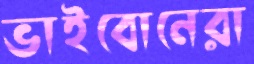
ভাইবোনেরা